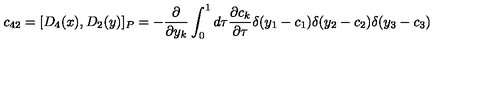
c _ { 4 2 } = [ D _ { 4 } ( x ) , D _ { 2 } ( y ) ] _ { P } = - \frac { \partial } { \partial y _ { k } } \int _ { 0 } ^ { 1 } d \tau \frac { \partial c _ { k } } { \partial \tau } \delta ( y _ { 1 } - c _ { 1 } ) \delta ( y _ { 2 } - c _ { 2 } ) \delta ( y _ { 3 } - c _ { 3 } )